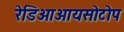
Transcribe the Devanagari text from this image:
रेडिओआयसोटोप